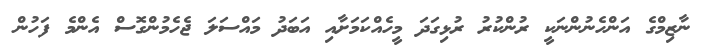
ނާޒިމްގެ އަންހެނުންނަކީ ރުންކުރު ރުޅިގަދަ މީހެއްކަމަށާއި އަބަދު މައްސަލަ ޖެހެމުންގޮސް އެންމެ ފަހުން